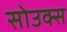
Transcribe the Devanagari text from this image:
सोउक्स